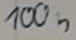
Text: 100n